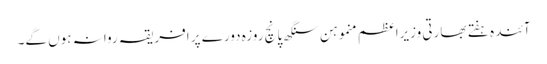
آئندہ ہفتے بھارتی وزیراعظم منموہن سنگھ پانچ روزہ دورے پر افریقہ روانہ ہوں گے۔